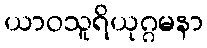
ယာဝသူရိယုဂ္ဂမနာ